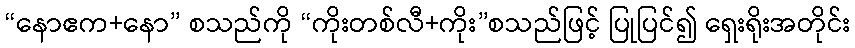
“နောဧက+နော” စသည်ကို “ကိုးတစ်လီ+ကိုး”စသည်ဖြင့် ပြုပြင်၍ ရှေးရိုးအတိုင်း